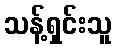
သန့်ရှင်းသူ